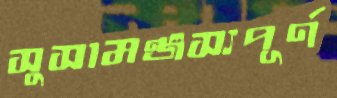
সুসামঞ্জস্যপূর্ণ